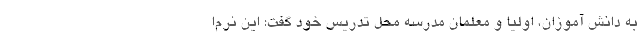
به دانش آموزان، اولیا و معلمان مدرسه محل تدریس خود گفت: این نرم‌ا